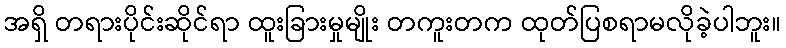
အရှိ တရားပိုင်းဆိုင်ရာ ထူးခြားမှုမျိုး တကူးတက ထုတ်ပြစရာမလိုခဲ့ပါဘူး။